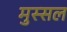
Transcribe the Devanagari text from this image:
मुस्सल